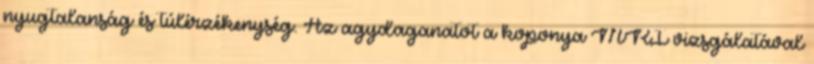
nyugtalanság és túlérzékenység. Az agydaganatot a koponya MRI vizsgálatával